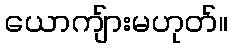
ယောကျ်ားမဟုတ်။